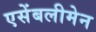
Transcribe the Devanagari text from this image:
एसेंबलीमेन